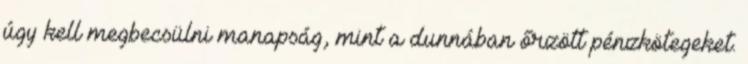
úgy kell megbecsülni manapság, mint a dunnában őrzött pénzkötegeket.